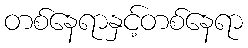
တစ်နေရာနှင့်တစ်နေရာ